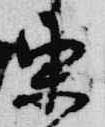
東